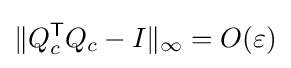
\|Q_{c}^{\mathsf {T}}Q_{c}-I\|_{\infty }=O(\varepsilon )